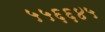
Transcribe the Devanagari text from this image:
५५६६४५